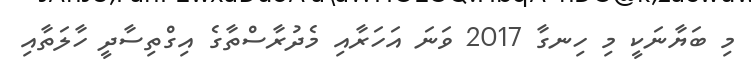
މި ބަޔާނަކީ މި ހިނގާ 2017 ވަނަ އަހަރާއި މެދުރާސްތާގެ އިގްތިސާދީ ހާލަތާއި